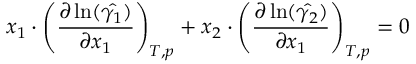
x _ { 1 } \cdot \left( \frac { \partial \ln ( \hat { \gamma _ { 1 } } ) } { \partial x _ { 1 } } \right) _ { T , p } + x _ { 2 } \cdot \left( \frac { \partial \ln ( \hat { \gamma _ { 2 } } ) } { \partial x _ { 1 } } \right) _ { T , p } = 0